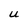
Character: U